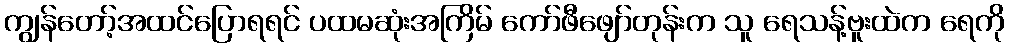
ကျွန်တော့်အထင်ပြောရရင် ပထမဆုံးအကြိမ် ကော်ဖီဖျော်တုန်းက သူ ရေသန့်ဗူးထဲက ရေကို